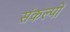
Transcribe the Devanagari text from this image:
संकल्‍पों